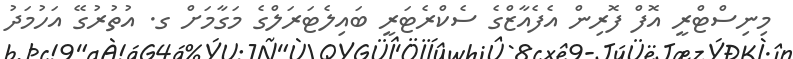
މިނިސްޓްރީ އޮފް ފޮރިން އެފެއާޒްގެ ސެކްރެޓަރީ ބައިލެޓަރަލްގެ މަގާމަށް ގ. އުތުރުގޭ އަހުމަދު